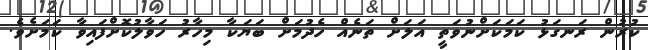
ކުރުން ރަނގަޅު ކަމަކަށްނުވަތީ އަލަށް ތަނެއް ހެދުމަށް ބަޔަކާ މިހާރު ހަވާލުކޮށްފައިވާ ކަމަށެވެ.